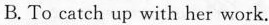
B.To catch up with her work.